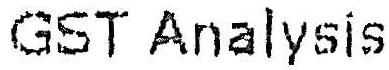
GST ANALYSIS